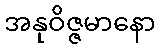
အနုဝိဇ္ဇမာနော